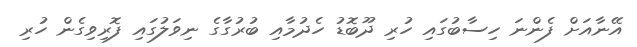
އޭނާއަށް ފެންނަ ހިސާބުގައި ހުރި ދޫބޮޑު ހެދުމާއި ބުރުގާގެ ނިވަލުގައި ފޮރިވިގެން ހުރި